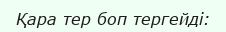
Қара тер боп тергейді: